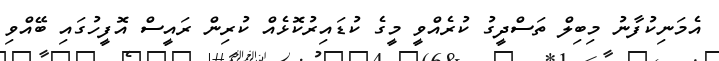
އެމަނިކުފާނު މިބިލް ތަސްދީގު ކުރެއްވީ މީގެ ކުޑައިރުކޮޅެއް ކުރިން ރައީސް އޮފީހުގައި ބޭއްވި